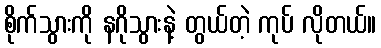
စိုက်သွားကို နဂိုသွားနဲ့ တွယ်တဲ့ ကုပ် လိုတယ်။